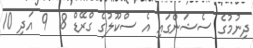
ދިނުމުގެ ސެޝަންގައި އެ ސްކޫލުގެ ގްރޭޑް 8  9 އަދި 10